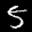
Label: 5